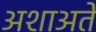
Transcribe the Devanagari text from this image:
अशाअते